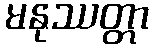
မနုဿတ္တာ